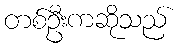
တစ်ဦးကဆိုသည်